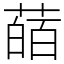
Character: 䔤